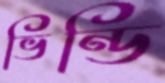
ভিন্ডি